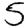
Digit: 5